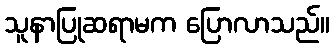
သူနာပြုဆရာမက ပြောလာသည်။